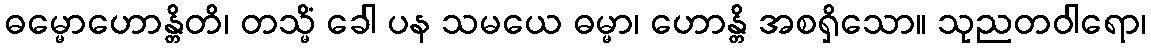
ဓမ္မောဟောန္တိတိ၊ တသ္မိံ ခေါ ပန သမယေ ဓမ္မာ၊ ဟောန္တိ အစရှိသော။ သုညတဝါရော၊